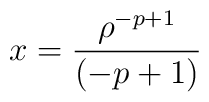
x={\rho^{-p+1}\over (-p+1)}